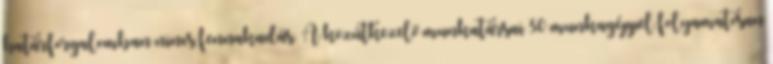
határforgalomban nincs fennakadás. A közútkezelő munkatársai 30 munkagéppel folyamatosan